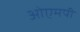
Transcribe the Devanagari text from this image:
ओएमपी